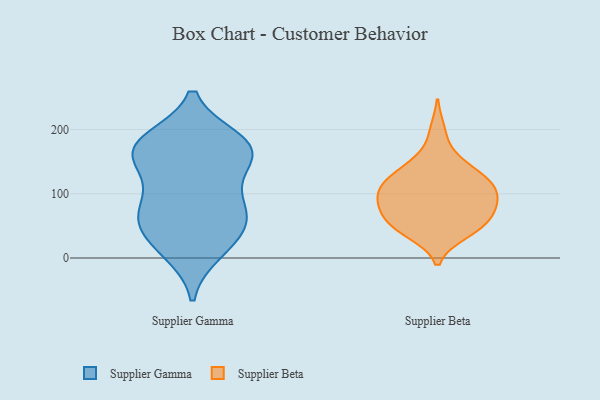
{"axis": {"x": "Satisfaction Score", "y": "Value"}, "legend": ["Supplier Beta", "Supplier Gamma"], "data": [{"x": "", "y": 155, "type": "Supplier Gamma"}, {"x": "", "y": 164, "type": "Supplier Gamma"}, {"x": "", "y": 60, "type": "Supplier Gamma"}, {"x": "", "y": 81, "type": "Supplier Gamma"}, {"x": "", "y": 174, "type": "Supplier Gamma"}, {"x": "", "y": 33, "type": "Supplier Gamma"}, {"x": "", "y": 10, "type": "Supplier Gamma"}, {"x": "", "y": 84, "type": "Supplier Gamma"}, {"x": "", "y": 156, "type": "Supplier Gamma"}, {"x": "", "y": 183, "type": "Supplier Gamma"}, {"x": "", "y": 18, "type": "Supplier Gamma"}, {"x": "", "y": 178, "type": "Supplier Gamma"}, {"x": "", "y": 60, "type": "Supplier Gamma"}, {"x": "", "y": 123, "type": "Supplier Gamma"}, {"x": "", "y": 177, "type": "Supplier Gamma"}, {"x": "", "y": 66, "type": "Supplier Gamma"}, {"x": "", "y": 111, "type": "Supplier Beta"}, {"x": "", "y": 38, "type": "Supplier Beta"}, {"x": "", "y": 90, "type": "Supplier Beta"}, {"x": "", "y": 40, "type": "Supplier Beta"}, {"x": "", "y": 94, "type": "Supplier Beta"}, {"x": "", "y": 52, "type": "Supplier Beta"}, {"x": "", "y": 108, "type": "Supplier Beta"}, {"x": "", "y": 82, "type": "Supplier Beta"}, {"x": "", "y": 73, "type": "Supplier Beta"}, {"x": "", "y": 147, "type": "Supplier Beta"}, {"x": "", "y": 121, "type": "Supplier Beta"}, {"x": "", "y": 128, "type": "Supplier Beta"}, {"x": "", "y": 51, "type": "Supplier Beta"}, {"x": "", "y": 198, "type": "Supplier Beta"}, {"x": "", "y": 50, "type": "Supplier Beta"}, {"x": "", "y": 73, "type": "Supplier Beta"}, {"x": "", "y": 111, "type": "Supplier Beta"}, {"x": "", "y": 121, "type": "Supplier Beta"}, {"x": "", "y": 80, "type": "Supplier Beta"}, {"x": "", "y": 153, "type": "Supplier Beta"}]}